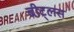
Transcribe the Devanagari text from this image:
बीट्लस